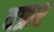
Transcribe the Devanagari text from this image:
बफ्रर